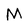
Character: M